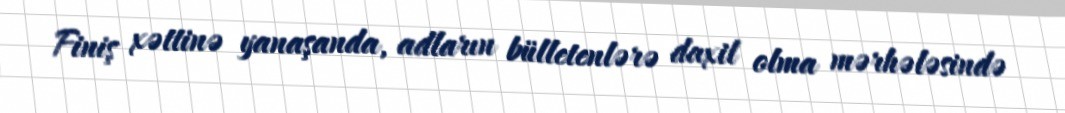
Finiş xəttinə yanaşanda, adların bülletenlərə daxil olma mərhələsində